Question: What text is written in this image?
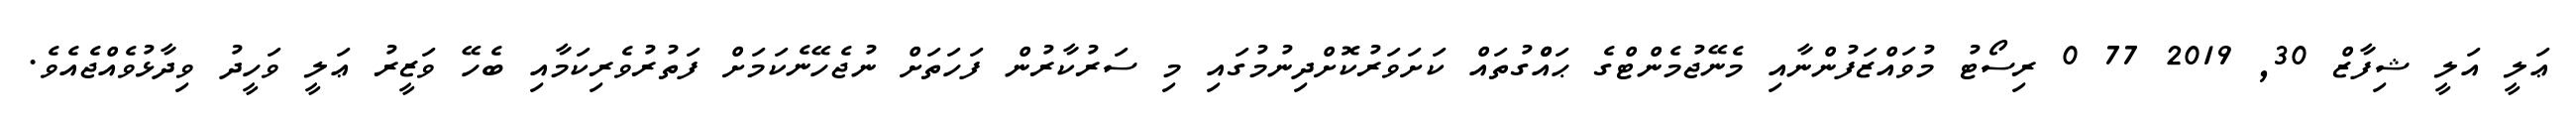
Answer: ޢަލީ އަލީ ޝިފާޒް 30, 2019 77 0 ރިސޯޓު މުވައްޒަފުންނާއި މެނޭޖުމެންޓްގެ ޙައްްގުތައް ކަށަވަރުކޮށްދިނުމުގައި މި ސަރުކާރުން ފަހަތަށް ނުޖެހޭނެކަމަށް ފަތުރުވެރިކަމާއި ބެހޭ ވަޒީރު ޢަލީ ވަހީދު ވިދާޅުވެއްޖެއެވެ.